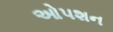
ઓપશન